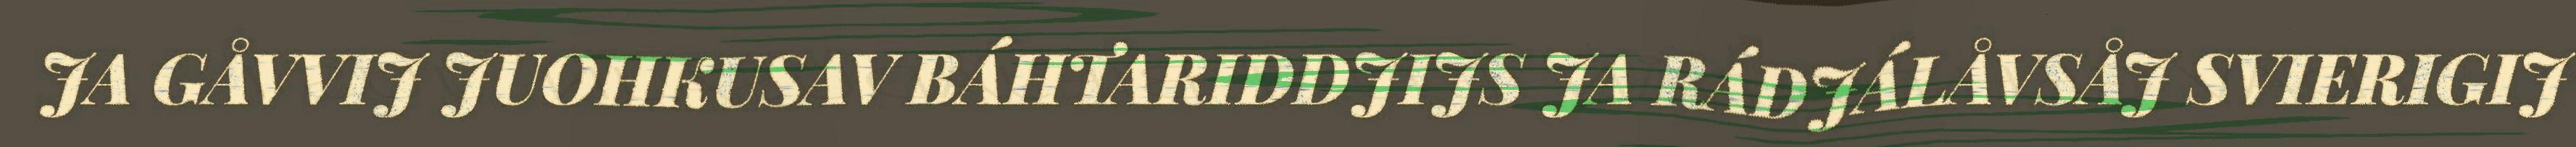
JA GÅVVIJ JUOHKUSAV BÁHTARIDDJIJS JA RÁDJÁLÅVSÅJ SVIERIGIJ